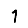
Digit: 1